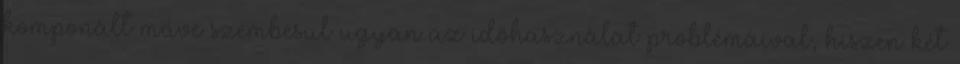
komponált műve szembesül ugyan az időhasználat problémáival, hiszen két